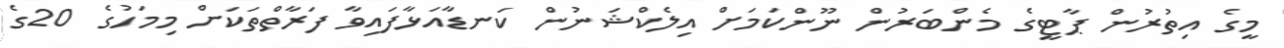
މީގެ އިތުރުން ޕާޓީގެ މެންބަރުން ނޫންކަމަށް އިލެކްޝަނުން ކަނޑާއަޅާފައިވާ ފަރާތްތަކަށް މިމަހުގެ 20ގެ